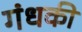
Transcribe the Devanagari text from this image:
गंधकी